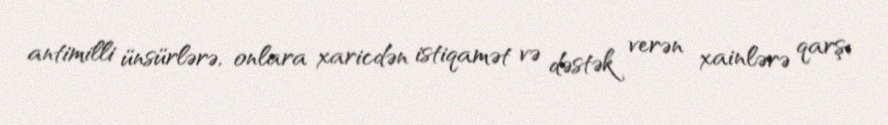
antimilli ünsürlərə, onlara xaricdən istiqamət və dəstək verən xainlərə qarşı